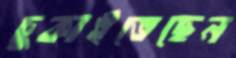
চুকাইতেছেন